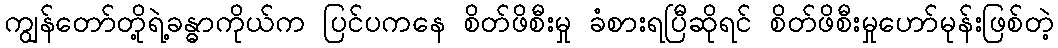
ကျွန်တော်တို့ရဲ့ခန္ဓာကိုယ်က ပြင်ပကနေ စိတ်ဖိစီးမှု ခံစားရပြီဆိုရင် စိတ်ဖိစီးမှုဟော်မုန်းဖြစ်တဲ့